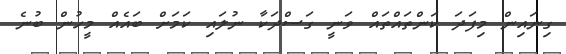
ގިނައިން މިފަދަ ކަންތައްތައް ވަނީ ގަސްދަކާ ނުލައި ކަމަށް ބައެއް މީހުން ބުނެ